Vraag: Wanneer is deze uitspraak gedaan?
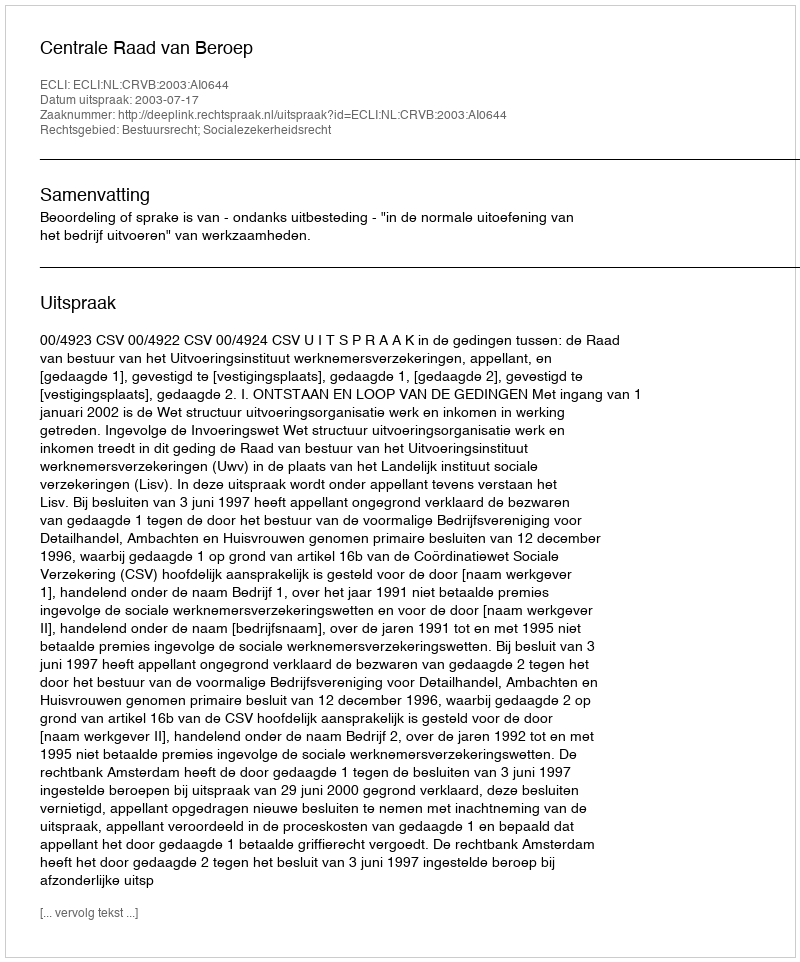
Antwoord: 2003-07-17